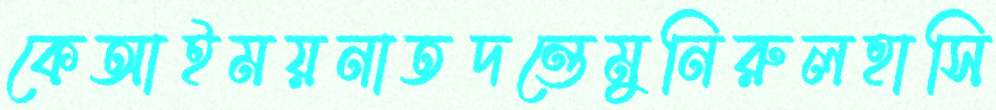
কেআইময়নাতদন্তেমুনিরুলহাসি